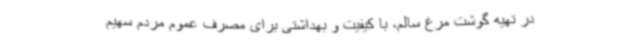
در تهیه گوشت مرغ سالم، با کیفیت و بهداشتی برای مصرف عموم مردم سهیم